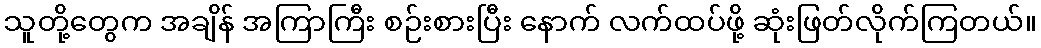
သူတို့တွေက အချိန် အကြာကြီး စဉ်းစားပြီး နောက် လက်ထပ်ဖို့ ဆုံးဖြတ်လိုက်ကြတယ်။